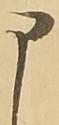
申